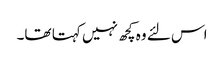
اس لئے وہ کچھ نہیں کہتا تھا۔